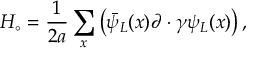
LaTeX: H _ { \circ } = { \frac { 1 } { 2 a } } \sum _ { x } \left( \bar { \psi } _ { L } ( x ) \partial \cdot \gamma \psi _ { L } ( x ) \right) ,